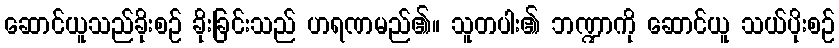
ဆောင်ယူသည်ခိုးစဉ် ခိုးခြင်းသည် ဟရဏမည်၏။ သူတပါး၏ ဘဏ္ဍာကို ဆောင်ယူ သယ်ပိုးစဉ်